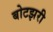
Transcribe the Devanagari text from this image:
बोटझरी